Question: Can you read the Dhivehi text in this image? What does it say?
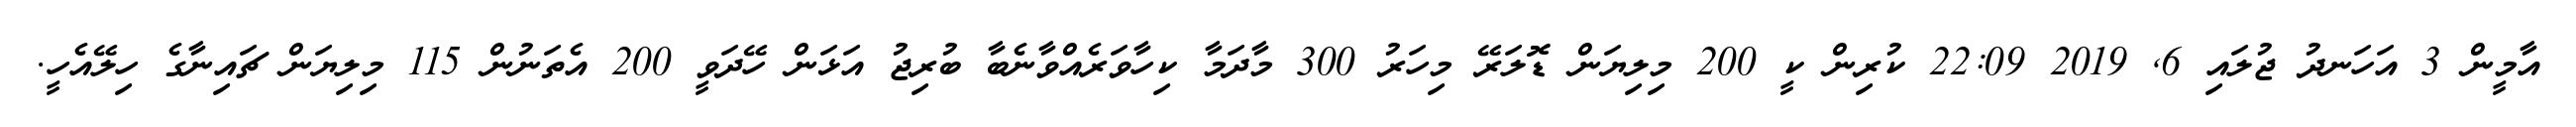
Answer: އާމީން 3 އަހަނދު ޖުލައި 6, 2019 22:09 ކުރިން ކީ 200 މިލިޔަން ޑޮލަރޭ މިހަރު 300 މާދަމާ ކިހާވަރެއްވާނެބާ ބުރިޖު އަޅަން ހޭދަވީ 200 އެތަނުން 115 މިލިޔަން ޗައިނާގެ ހިލޭއެހީ.